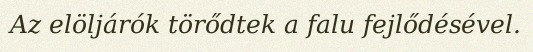
Az elöljárók törődtek a falu fejlődésével.